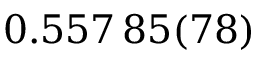
0 . 5 5 7 \, 8 5 ( 7 8 )